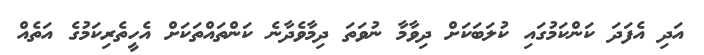
އަދި އެފަދަ ކަންކަމުގައި ކުލަބަކަށް ދިވާމާ ނުވަތަ ދިމާވެދާނެ ކަންތައްތަކަށް އެހީތެރިކަމުގެ އަތެއް